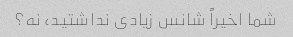
شما اخیراً شانس زیادی نداشتید، نه؟